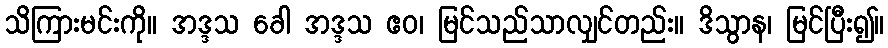
သိကြားမင်းကို။ အဒ္ဒသ ခေါ အဒ္ဒသ ဧဝ၊ မြင်သည်သာလျှင်တည်း။ ဒိသွာန၊ မြင်ပြီး၍။